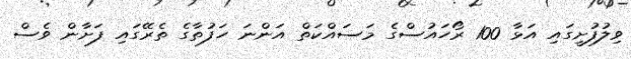
ވިލުފުށީގައި އަޅާ 100 ރޯހައުސްގެ މަސައްކަތް އަންނަ ހަފުތާގެ ތެރޭގައި ފަށާން ވެސް